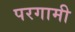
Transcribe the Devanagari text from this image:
परगामी